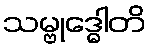
သမ္ဗုဒ္ဓေါတိ